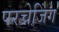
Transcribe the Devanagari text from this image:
परचेजिंग